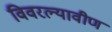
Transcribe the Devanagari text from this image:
विवरल्यावीण